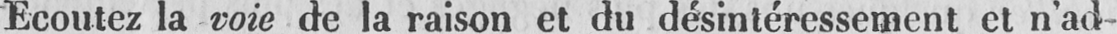
Ecoutez la voie de la raison et du désintéressement et n’ad-